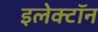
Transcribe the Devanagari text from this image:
इलेक्‍टॉन